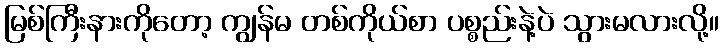
မြစ်ကြီးနားကိုတော့ ကျွန်မ တစ်ကိုယ်စာ ပစ္စည်းနဲ့ပဲ သွားမလားလို့။